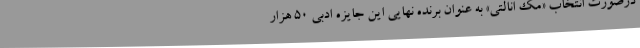
درصورت انتخاب «مک انالتی» به عنوان برنده نهایی این جایزه ادبی 50 هزار